Civil Veterinary Department ledger series I-VI
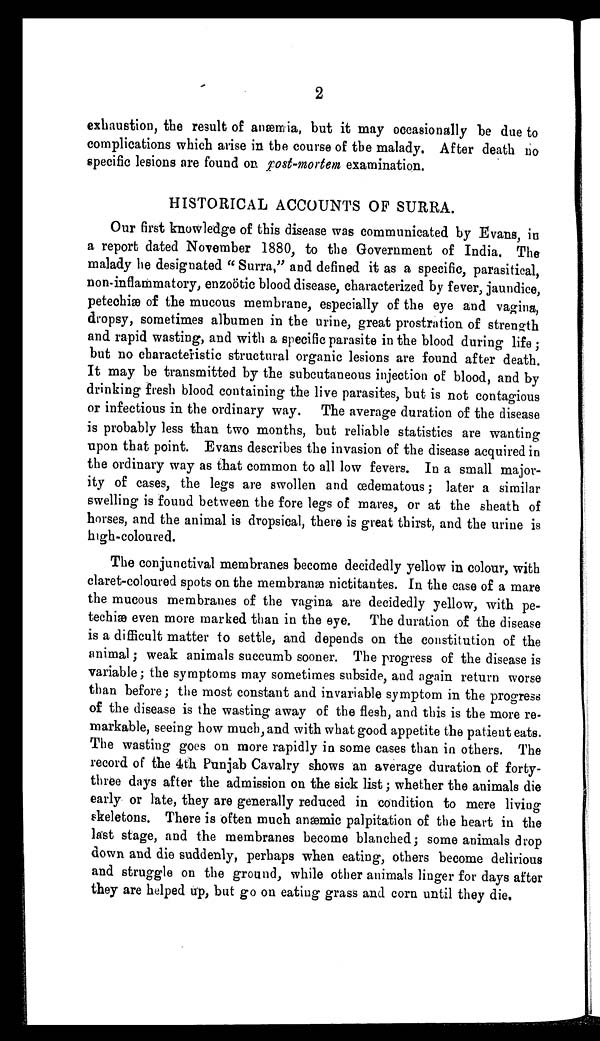
2
exhaustion, the result of anæmia, but it may occasionally be due to
complications which arise in the course of the malady. After death no
specific lesions are found on post-mortem examination.
HISTORICAL ACCOUNTS OF SURRA.
Our first knowledge of this disease was communicated by Evans, in
a report dated November 1880, to the Government of India. The
malady he designated "Surra," and defined it as a specific, parasitical,
non-inflammatory, enzoötic blood disease, characterized by fever, jaundice,
petechiæ of the mucous membrane, especially of the eye and vagina,
dropsy, sometimes albumen in the urine, great prostration of strength
and rapid wasting, and with a specific parasite in the blood during life;
but no characteristic structural organic lesions are found after death.
It may be transmitted by the subcutaneous injection of blood, and by
drinking fresh blood containing the live parasites, but is not contagious
or infectious in the ordinary way. The average duration of the disease
is probably less than two months, but reliable statistics are wanting
upon that point. Evans describes the invasion of the disease acquired in
the ordinary way as that common to all low fevers. In a small major-
ity of cases, the legs are swollen and œdematous; later a similar
swelling is found between the fore legs of mares, or at the sheath of
horses, and the animal is dropsical, there is great thirst, and the urine is
high-coloured.
The conjunctival membranes become decidedly yellow in colour, with
claret-coloured spots on the membranæ nictitantes. In the case of a mare
the mucous membranes of the vagina are decidedly yellow, with pe-
techiæ even more marked than in the eye. The duration of the disease
is a difficult matter to settle, and depends on the constitution of the
animal; weak animals succumb sooner. The progress of the disease is
variable; the symptoms may sometimes subside, and again return worse
than before; the most constant and invariable symptom in the progress
of the disease is the wasting away of the flesh, and this is the more re-
markable, seeing how much, and with what good appetite the patient eats.
The wasting goes on more rapidly in some cases than in others. The
record of the 4th Punjab Cavalry shows an average duration of forty-
three days after the admission on the sick list; whether the animals die
early or late, they are generally reduced in condition to mere living
skeletons. There is often much anæmic palpitation of the heart in the
last stage, and the membranes become blanched; some animals drop
down and die suddenly, perhaps when eating, others become delirious
and struggle on the ground, while other animals linger for days after
they are helped up, but go on eating grass and corn until they die.